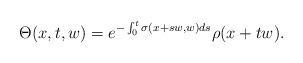
LaTeX: \begin{align*}\Theta(x,t,w)=e^{-\int_0^t\sigma(x+sw,w)ds}\rho(x+tw).\end{align*}